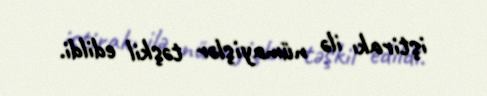
iştirakı ilə nümayişlər təşkil edildi.